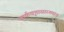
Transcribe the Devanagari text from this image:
कर्कवृत्तासारख्याच